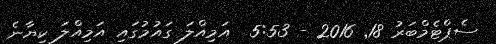
ސެޕްޓެމްބަރު 18